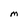
Character: M